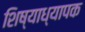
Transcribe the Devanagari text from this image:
शिष्याध्यापक